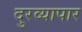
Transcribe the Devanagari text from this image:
दुरव्यापार